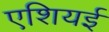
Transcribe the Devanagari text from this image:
एशियई